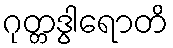
ဂုတ္တဒွါရောတိ